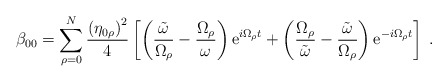
\begin{align*}\beta_{00}=\sum_{\rho=0}^N\frac{\left(\eta_{0\rho}\right)^2}{4}\left[\left(\frac{\tilde{\omega}}{\Omega_\rho}-\frac{\Omega_\rho}{\omega}\right){\rm e}^{i\Omega_\rho t}+\left(\frac{\Omega_\rho}{\tilde{\omega}}-\frac{\tilde{\omega}}{\Omega_\rho}\right){\rm e}^{-i\Omega_\rho t}\right]\;.\end{align*}